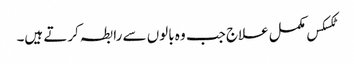
ٹکسکس مکمل علاج جب وہ بالوں سے رابطہ کرتے ہیں۔